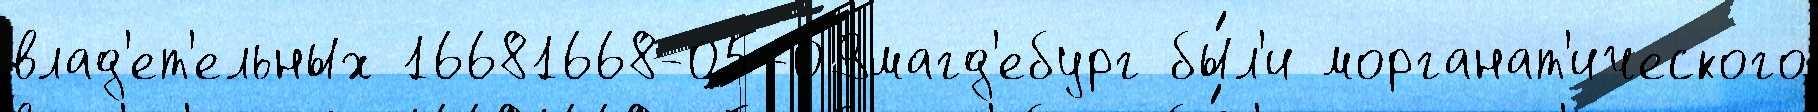
влад'ет'ельных 16681668-05-09магд'ебург бы́л'и морганат'ического